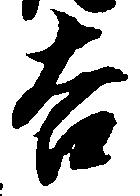
吉